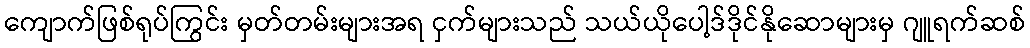
ကျောက်ဖြစ်ရုပ်ကြွင်း မှတ်တမ်းများအရ ငှက်များသည် သယ်ယိုပေါ့ဒ်ဒိုင်နိုဆောများမှ ဂျူရက်ဆစ်